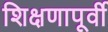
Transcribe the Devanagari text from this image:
शिक्षणापूर्वी